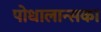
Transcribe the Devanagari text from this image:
पोधालान्सका